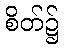
စိတ်၌